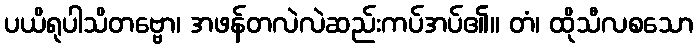
ပယိရုပါသိတဗ္ဗော၊ အဖန်တလဲလဲဆည်းကပ်အပ်၏။ တံ၊ ထိုသီလစသော